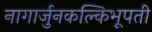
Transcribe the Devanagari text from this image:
नागार्जुनकल्किभूपती